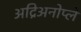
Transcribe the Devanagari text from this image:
अद्रिअनोप्ले